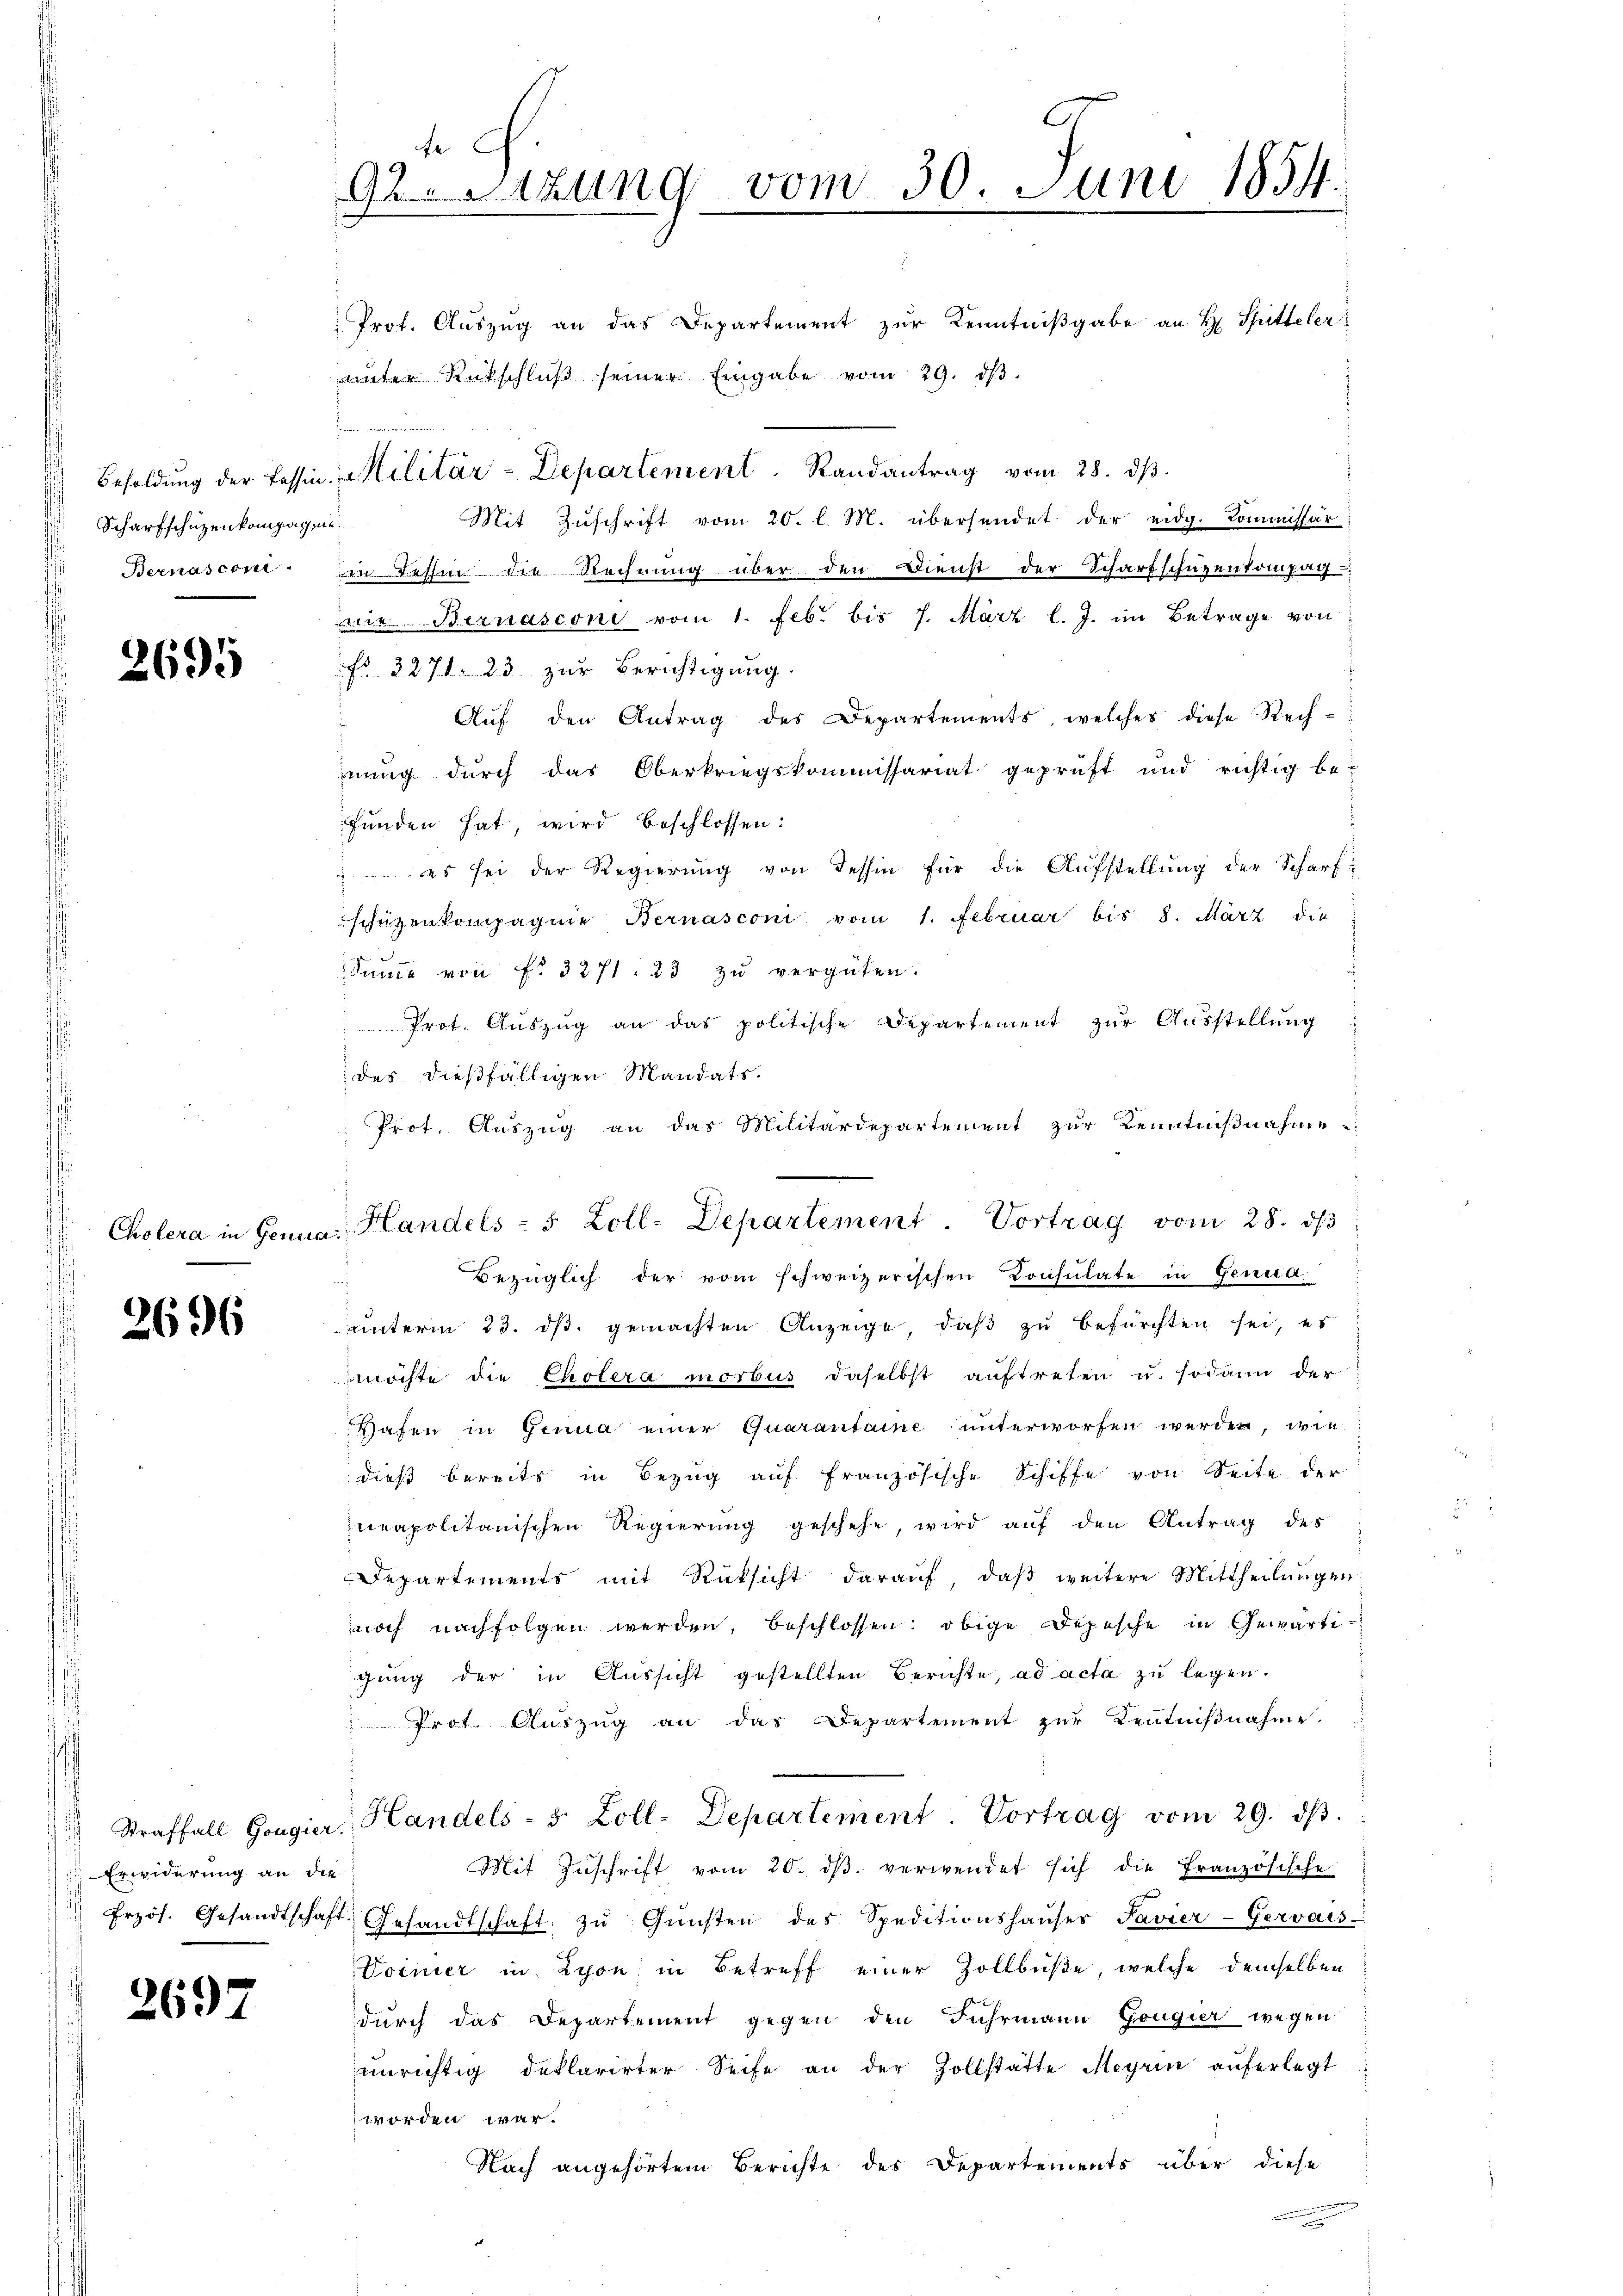
Scharfschüzenkompagnie
d
Bernasconi

2695

2696

Erwiderung an die

267

d G.
92. Sitzung vom 30. Juni 1854.

Prot. Auszug an das Departement zur Kenntnißgabe an H. Spitteler
unter Rückschlŭβ seiner Eingabe vom 29. dβ.
Mit Zŭschrift vom 20. l. M. übersendet der eidg. Kommissär
in Tessin die Rechnung über den Dienst der Scharfschüzenkompag
wie Bernasconi vom 1. Febr. bis 7. März l. J. im Betrage von
Fr. 3278. 23. zur Berichtigung.
Aŭf den Antrag des Departemente, welches diese Rech-
nung durch das Oberkriegskommissariat geprüft und richtig be-
funden hat, wird beschlossen:
 es sei der Regierung von Tessin für die Aufstellung der Scharf
schützenkompagnie Bernasconi vom 1. Februar bis 8. März die
Sŭṁe von f. 3271. 23 zŭ vergüten.
Prot. Aŭszŭg an das politische Departement zŭr Aŭsstellung:
des dießfälligen Mandats.
Prot. Auszug an das Militärdepartement zur Kenntnißnahme
Bezüglich der vom schweizerischen Consulate in Genud
a
unterm 23. ds. gemachten Anzeige, daß zu befürchten sei, es
möchte die Cholera morbus daselbst aŭftreten u. sodann der
Wafen in Genua einer Quarantaine unterworfen werden, wie
dieβ bereits in Bezŭg aŭf französische Schiffe von Seite der
neapolitanischen Regierung geschehe, wird auf den Antrag des
Departements mit Rüksicht darauf, daβ weitere Mittheilungen
noch nachfolgen werden, beschlossen: obige Depesche in Gewärtigung der in Aussicht gestellten Berichte, ad acta zu legen.
" Prot. Aŭszŭg an das Departement zŭr Kenntniβnahme.
Straffall Gougier, Handels- 5 Zoll-Departement. Vortrag vom 29. dβ.
Mit Zuschrift vom 20. dβ verwendet sich die Französische
" frzös. Gesandtschaft. Gesandtschaft zŭ Gŭnsten des Speditionshaŭser Savier-Gervais
Voinier in Lyon, in Betreff einer Zollbüße, welche demselben
durch das Departement gegen den Fuhrmann Gougier wegen
unrichtig deklarirter Seife an der Zollstätte Meyrin auferlegt
worden war.
Nach angehörtem Berichte des Departements über diese

Besoldŭng der Tessin. Militär-Departement. Randantrag vom 28. dβ.

Cholera in Genua, Handels = 5 Zoll-Departement. Vortrag vom 28. dβ